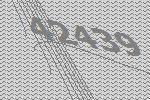
42439